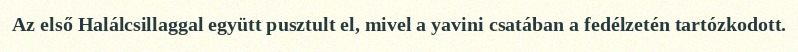
Az első Halálcsillaggal együtt pusztult el, mivel a yavini csatában a fedélzetén tartózkodott.